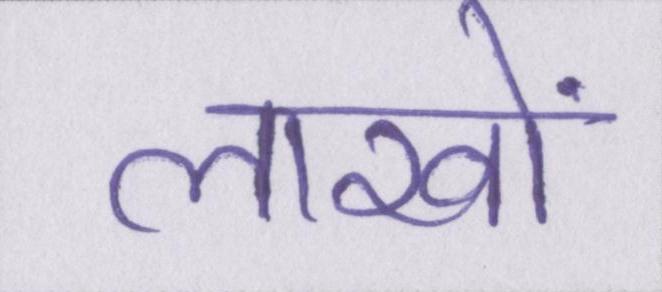
लाखों